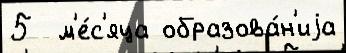
5  м'е́с'яца образова́н'иjа